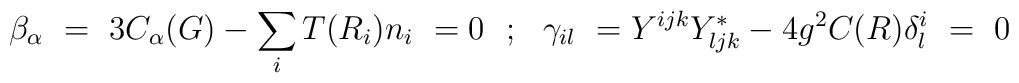
\beta_{\alpha } \ =\ 3C_{\alpha}(G)- \sum _i T(R_i)n_i \ =0 \ \ ; \ \ \gamma_{il}\ =Y^{ijk}Y_{ljk}^*- 4 g^2 C(R) \delta ^i_l \ = \ 0